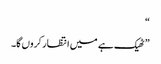
“
” ٹھیک ہے میں انتظار کروں گا۔